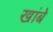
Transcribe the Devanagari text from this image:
खांबे